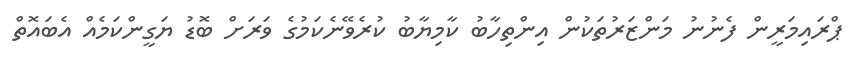
ޕްރައިމަރީން ފެނުނު މަންޒަރުތަކުން އިންތިހާބު ކާމިޔާބު ކުރެވޭނެކަމުގެ ވަރަށް ބޮޑު ޔަގީންކަމެއް އެބައޮތް